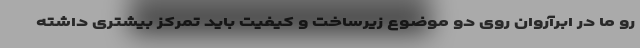
رو ما در ابرآروان روی دو موضوع زیرساخت و کیفیت باید تمرکز بیشتری داشته